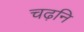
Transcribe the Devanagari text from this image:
चढ़नि